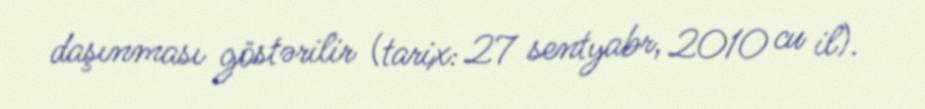
daşınması göstərilir (tarix: 27 sentyabr, 2010 cu il).